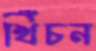
খিঁচন